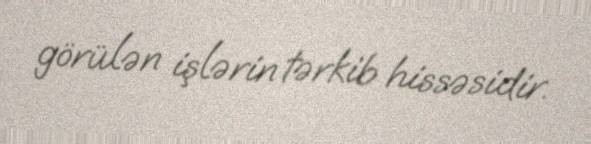
görülən işlərin tərkib hissəsidir.